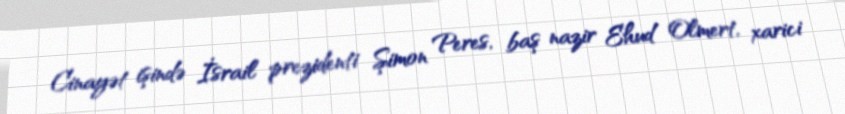
Cinayət işində İsrail prezidenti Şimon Peres, baş nazir Ehud Olmert, xarici